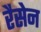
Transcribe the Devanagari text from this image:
रैसेन